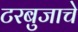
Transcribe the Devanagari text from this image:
टरबुजाचे